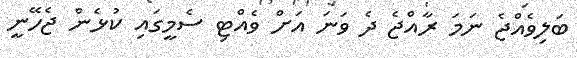
ބަލިވެއްޖެ ނަމަ ރާއްޖެ ދެ ވަނަ އަށް ވެއްޓި ސެމީގައި ކުޅެން ޖެހޭނީ